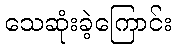
သေဆုံးခဲ့ကြောင်း